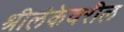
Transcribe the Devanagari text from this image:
श्रीलंकेवरील